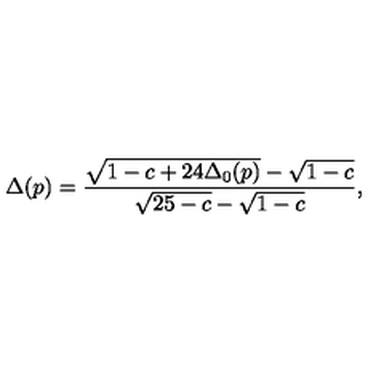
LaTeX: \Delta ( p ) = \frac { \sqrt { 1 - c + 2 4 \Delta _ { 0 } ( p ) } - \sqrt { 1 - c } } { \sqrt { 2 5 - c } - \sqrt { 1 - c } } ,